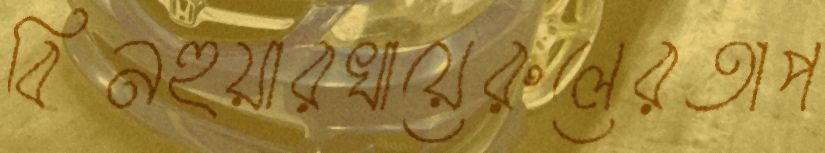
বিনহুয়ারখায়েরুলেরতাপ